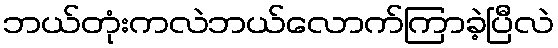
ဘယ်တုံးကလဲဘယ်လောက်ကြာခဲ့ပြီလဲ